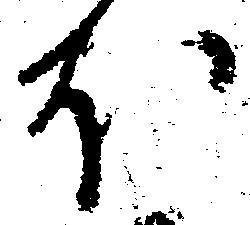
ほ